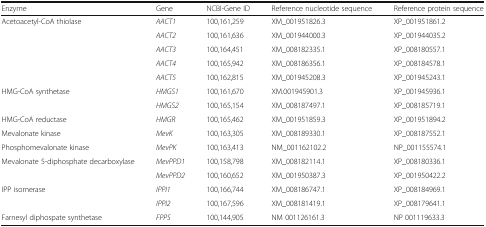
<table><thead><tr><td><b>Enzyme</b></td><td><b>Gene</b></td><td><b>NCBI-Gene ID</b></td><td><b>Reference nucleotide sequence</b></td><td><b>Reference protein sequence</b></td></tr></thead><tbody><tr><td rowspan="5">Acetoacetyl-CoA thiolase</td><td><i>AACT1</i></td><td>100,161,259</td><td>XM_001951826.3</td><td>XP_001951861.2</td></tr><tr><td><i>AACT2</i></td><td>100,161,636</td><td>XM_001944000.3</td><td>XP_001944035.2</td></tr><tr><td><i>AACT3</i></td><td>100,164,451</td><td>XM_008182335.1</td><td>XP_008180557.1</td></tr><tr><td><i>AACT4</i></td><td>100,165,942</td><td>XM_008186356.1</td><td>XP_008184578.1</td></tr><tr><td><i>AACT5</i></td><td>100,162,815</td><td>XM_001945208.3</td><td>XP_001945243.1</td></tr><tr><td rowspan="2">HMG-CoA synthetase</td><td><i>HMGS1</i></td><td>100,161,670</td><td>XM.001945901.3</td><td>XP_001945936.1</td></tr><tr><td><i>HMGS2</i></td><td>100,165,154</td><td>XM_008187497.1</td><td>XP_008185719.1</td></tr><tr><td>HMG-CoA reductase</td><td><i>HMGR</i></td><td>100,165,462</td><td>XM_001951859.3</td><td>XP_001951894.2</td></tr><tr><td>Mevalonate kinase</td><td><i>MevK</i></td><td>100,163,305</td><td>XM_008189330.1</td><td>XP_008187552.1</td></tr><tr><td>Phosphomevalonate kinase</td><td><i>MevPK</i></td><td>100,163,413</td><td>NM_001162102.2</td><td>NP_001155574.1</td></tr><tr><td rowspan="2">Mevalonate 5-diphosphate decarboxylase</td><td><i>MevPPD1</i></td><td>100,158,798</td><td>XM_008182114.1</td><td>XP_008180336.1</td></tr><tr><td><i>MevPPD2</i></td><td>100,160,652</td><td>XM_001950387.3</td><td>XP_001950422.2</td></tr><tr><td rowspan="2">IPP isomerase</td><td><i>IPPI1</i></td><td>100,166,744</td><td>XM_008186747.1</td><td>XP_008184969.1</td></tr><tr><td><i>IPPI2</i></td><td>100,167,596</td><td>XM_008181419.1</td><td>XP_008179641.1</td></tr><tr><td>Farnesyl diphospate synthetase</td><td><i>FPPS</i></td><td>100,144,905</td><td>NM 001126161.3</td><td>NP 001119633.3</td></tr></tbody></table>